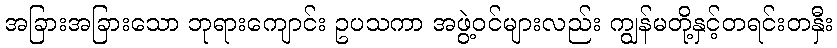
အခြားအခြားသော ဘုရားကျောင်း ဥပသကာ အဖွဲ့ဝင်များလည်း ကျွန်မတို့နှင့်တရင်းတနှီး